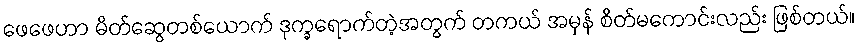
ဖေဖေဟာ မိတ်ဆွေတစ်ယောက် ဒုက္ခရောက်တဲ့အတွက် တကယ် အမှန် စိတ်မကောင်းလည်း ဖြစ်တယ်။